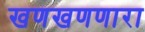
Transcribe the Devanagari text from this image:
खणखणणारा